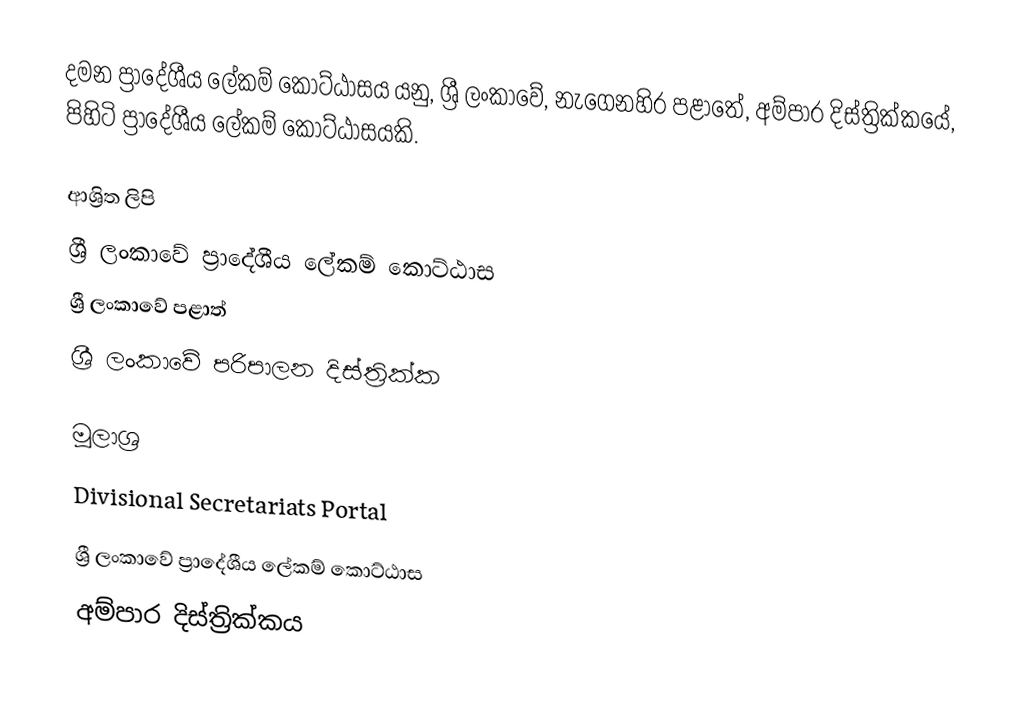
දමන ප්‍රාදේශීය ලේකම් කොට්ඨාසය යනු,  ශ්‍රී ලංකාවේ, නැගෙනහිර පළාතේ,   අම්පාර දිස්ත්‍රික්කයේ, පිහිටි ප්‍රාදේශීය ලේකම් කොට්ඨාසයකි.

ආශ්‍රිත ලිපි
ශ්‍රී ලංකාවේ ප්‍රාදේශීය ලේකම් කොට්ඨාස
ශ්‍රී ලංකාවේ පළාත්
ශ්‍රී ලංකාවේ පරිපාලන දිස්ත්‍රික්ක

මූලාශ්‍ර
 Divisional Secretariats Portal

ශ්‍රී ලංකාවේ ප්‍රාදේශීය ලේකම් කොට්ඨාස
අම්පාර දිස්ත්‍රික්කය